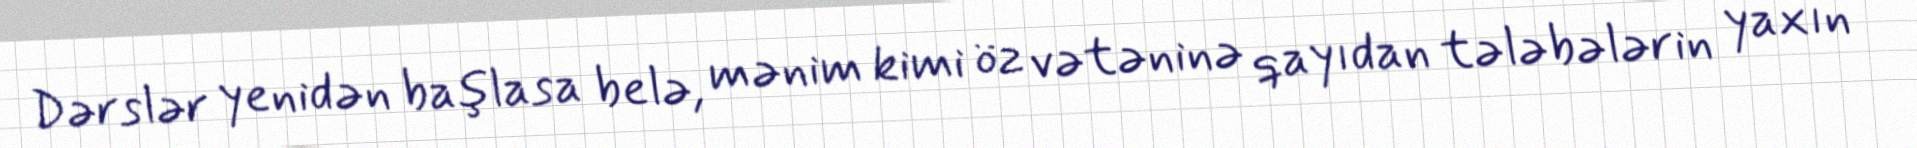
Dərslər yenidən başlasa belə, mənim kimi öz vətəninə qayıdan tələbələrin yaxın